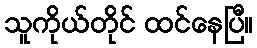
သူကိုယ်တိုင် ထင်နေပြီ။